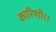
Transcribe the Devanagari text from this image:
कारिणी।।